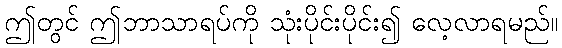
ဤတွင် ဤဘာသာရပ်ကို သုံးပိုင်းပိုင်း၍ လေ့လာရမည်။